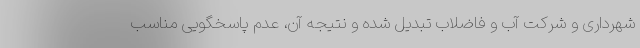
شهرداری و شرکت آب و فاضلاب تبدیل شده و نتیجه آن، عدم پاسخگویی مناسب